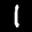
Label: 1